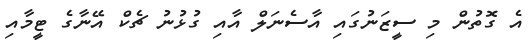
އެ ގޮތުން މި ސީޒަނުގައި އާސެނަލް އާއި ގުޅުނު ޗެކް އޭނާގެ ޓީމާއި